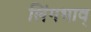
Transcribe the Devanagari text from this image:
लिंगभाव्